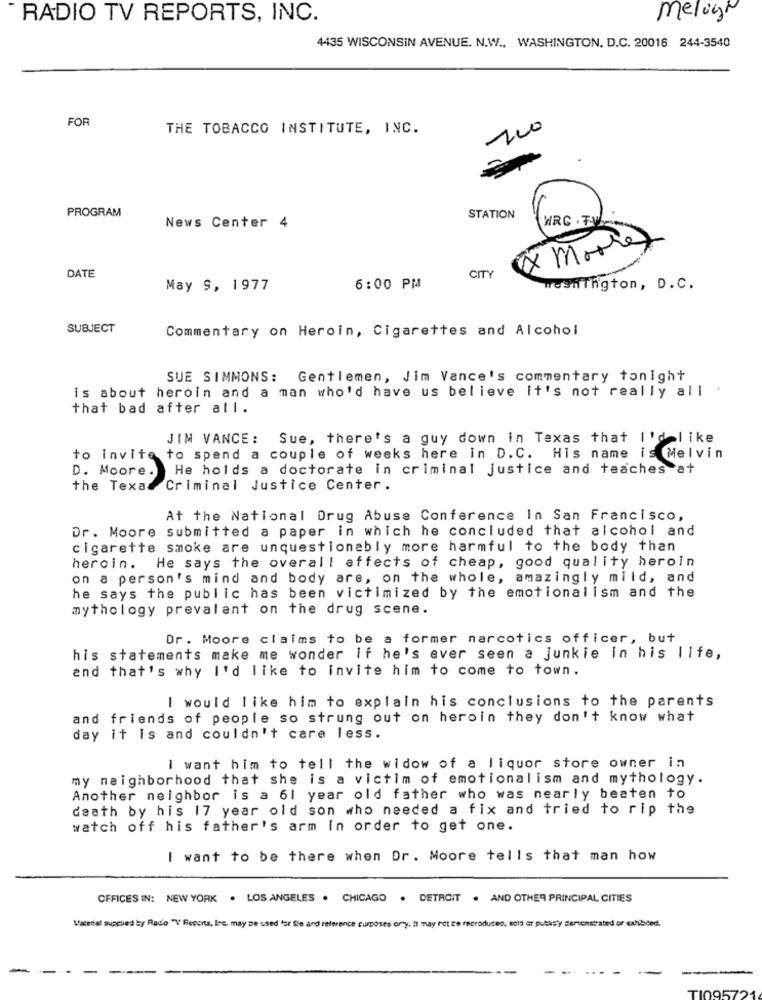
RADIO TV REPORTS, INC.
melih
4435 WISCONSIN AVENUE. N.W ., WASHINGTON, D.C. 20016 244-3540
FOR
THE TOBACCO INSTITUTE, INC.
200
PROGRAM
STATION
News Center 4
WRC . TV
Morre
DATE
CITY
May S, 1977
6:00 PM
Washington, D.C.
SUBJECT
Commentary on Heroin, Cigarettes and Alcohol
SUE SIMMONS: Gentlemen, Jim Vance's commentary tonight
is about heroin and a man who'd have us believe it's not really all '
that bad after all.
JIM VANCE: Sue, there's a guy down in Texas that I'd like
to invite
to spend a couple of weeks here in D.C. His name is Melvin
D. Moore
He holds a doctorate in criminal justice and teaches at
the Texad Criminal Justice Center.
At the National Drug Abuse Conference In San Francisco,
Dr. Moore submitted a paper in which he concluded that alcohol and
cigarette smoke are unquestionably more harmful to the body than
heroin. He says the overall effects of cheap, good quality heroin
on a person's mind and body are, on the whole, amazingly mild, and
he says the public has been victimized by the emotionalism and the
mythology prevalent on the drug scene.
Dr. Moore claims to be a former narcotics officer, but
his statements make me wonder If he's ever seen a junkie In his life,
and that's why I'd like to invite him to come to town.
I would like him to explain his conclusions to the parents
and friends of people so strung out on heroin they don't know what
day it is and couldn't care less.
I want him to tell the widow of a liquor store owner in
my neighborhood that she is a victim of emotionalism and mythology.
Another neighbor is a 61 year old father who was nearly beaten to
death by his 17 year old son who needed a fix and tried to rip the
watch off his father's arm In order to get one.
I want to be there when Dr. Moore tells that man how
OFFICES IN: NEW YORK . LOS ANGELES . CHICAGO . DETROIT . AND OTHER PRINCIPAL CITIES
Vacetal supplied by Radio "V Recorta, Ire. may be used for ie and reference curposes only. 3 may not be reproduced, sols or pstacy demonstrated or exhibited.